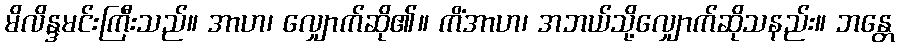
မိလိန္ဒမင်းကြီးသည်။ အာဟ၊ လျှောက်ဆို၏။ ကိံအာဟ၊ အဘယ်သို့လျှောက်ဆိုသနည်း။ ဘန္တေ